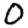
Digit: 0